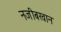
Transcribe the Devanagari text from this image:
नजीबखान